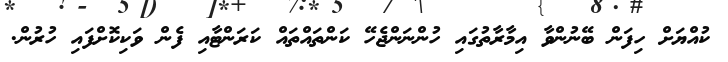
ކުއްޔަށް ހިފަން ބޭނުންވާ އިމާރާތުގައި ހުންނަންޖެހޭ ކަންތައްތައް ކަރަންޓާއި ފެން ވަކިކޮށްފައި ހުރުން.